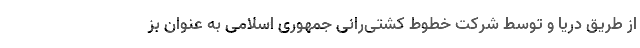
از طریق دریا و توسط شرکت خطوط کشتی‌رانی جمهوری اسلامی به عنوان بز